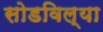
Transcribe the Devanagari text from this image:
सोडविल्या